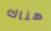
هناك